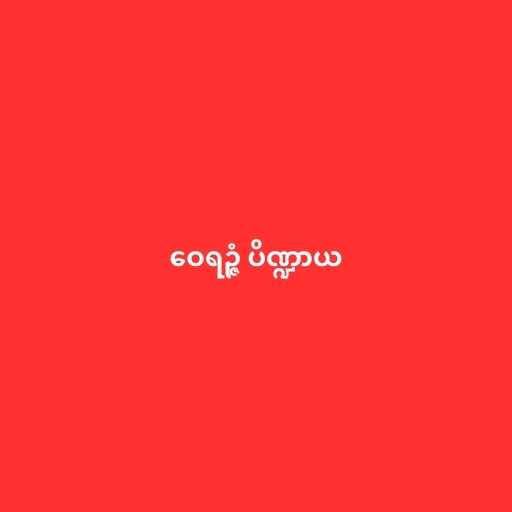
ဝေရဉ္ဇံ ပိဏ္ဍာယ